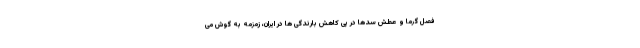
فصل گرما و عطش سدها در پی کاهش بارندگی ها در ایران، زمزمه به گوش می